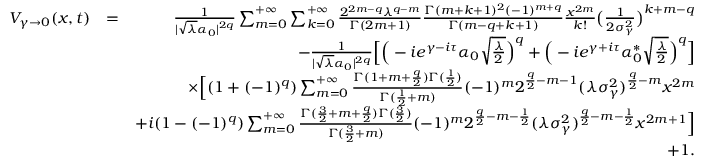
\begin{array} { r l r } { V _ { \gamma \rightarrow 0 } ( x , t ) } & { = } & { \frac { 1 } { | \sqrt { \lambda } \alpha _ { 0 } | ^ { 2 q } } \sum _ { m = 0 } ^ { + \infty } \sum _ { k = 0 } ^ { + \infty } \frac { 2 ^ { 2 m - q } \lambda ^ { q - m } } { \Gamma ( 2 m + 1 ) } \frac { \Gamma ( m + k + 1 ) ^ { 2 } ( - 1 ) ^ { m + q } } { \Gamma ( m - q + k + 1 ) } \frac { x ^ { 2 m } } { k ! } \big ( \frac { 1 } { 2 \sigma _ { \gamma } ^ { 2 } } \big ) ^ { k + m - q } } \\ & { } & { - \frac { 1 } { | \sqrt { \lambda } \alpha _ { 0 } | ^ { 2 q } } \Big [ \Big ( - i e ^ { \gamma - i \tau } \alpha _ { 0 } \sqrt { \frac { \lambda } { 2 } } \Big ) ^ { q } + \Big ( - i e ^ { \gamma + i \tau } \alpha _ { 0 } ^ { * } \sqrt { \frac { \lambda } { 2 } } \Big ) ^ { q } \Big ] } \\ & { } & { \times \Big [ ( 1 + ( - 1 ) ^ { q } ) \sum _ { m = 0 } ^ { + \infty } \frac { \Gamma ( 1 + m + \frac { q } { 2 } ) \Gamma ( \frac { 1 } { 2 } ) } { \Gamma ( \frac { 1 } { 2 } + m ) } ( - 1 ) ^ { m } 2 ^ { \frac { q } { 2 } - m - 1 } ( \lambda \sigma _ { \gamma } ^ { 2 } ) ^ { \frac { q } { 2 } - m } x ^ { 2 m } } \\ & { } & { + i ( 1 - ( - 1 ) ^ { q } ) \sum _ { m = 0 } ^ { + \infty } \frac { \Gamma ( \frac { 3 } { 2 } + m + \frac { q } { 2 } ) \Gamma ( \frac { 3 } { 2 } ) } { \Gamma ( \frac { 3 } { 2 } + m ) } ( - 1 ) ^ { m } 2 ^ { \frac { q } { 2 } - m - \frac { 1 } { 2 } } ( \lambda \sigma _ { \gamma } ^ { 2 } ) ^ { \frac { q } { 2 } - m - \frac { 1 } { 2 } } x ^ { 2 m + 1 } \Big ] } \\ & { } & { + 1 . } \end{array}